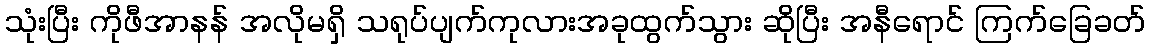
သုံးပြီး ကိုဖီအာနန် အလိုမရှိ သရုပ်ပျက်ကုလားအခုထွက်သွား ဆိုပြီး အနီရောင် ကြက်ခြေခတ်